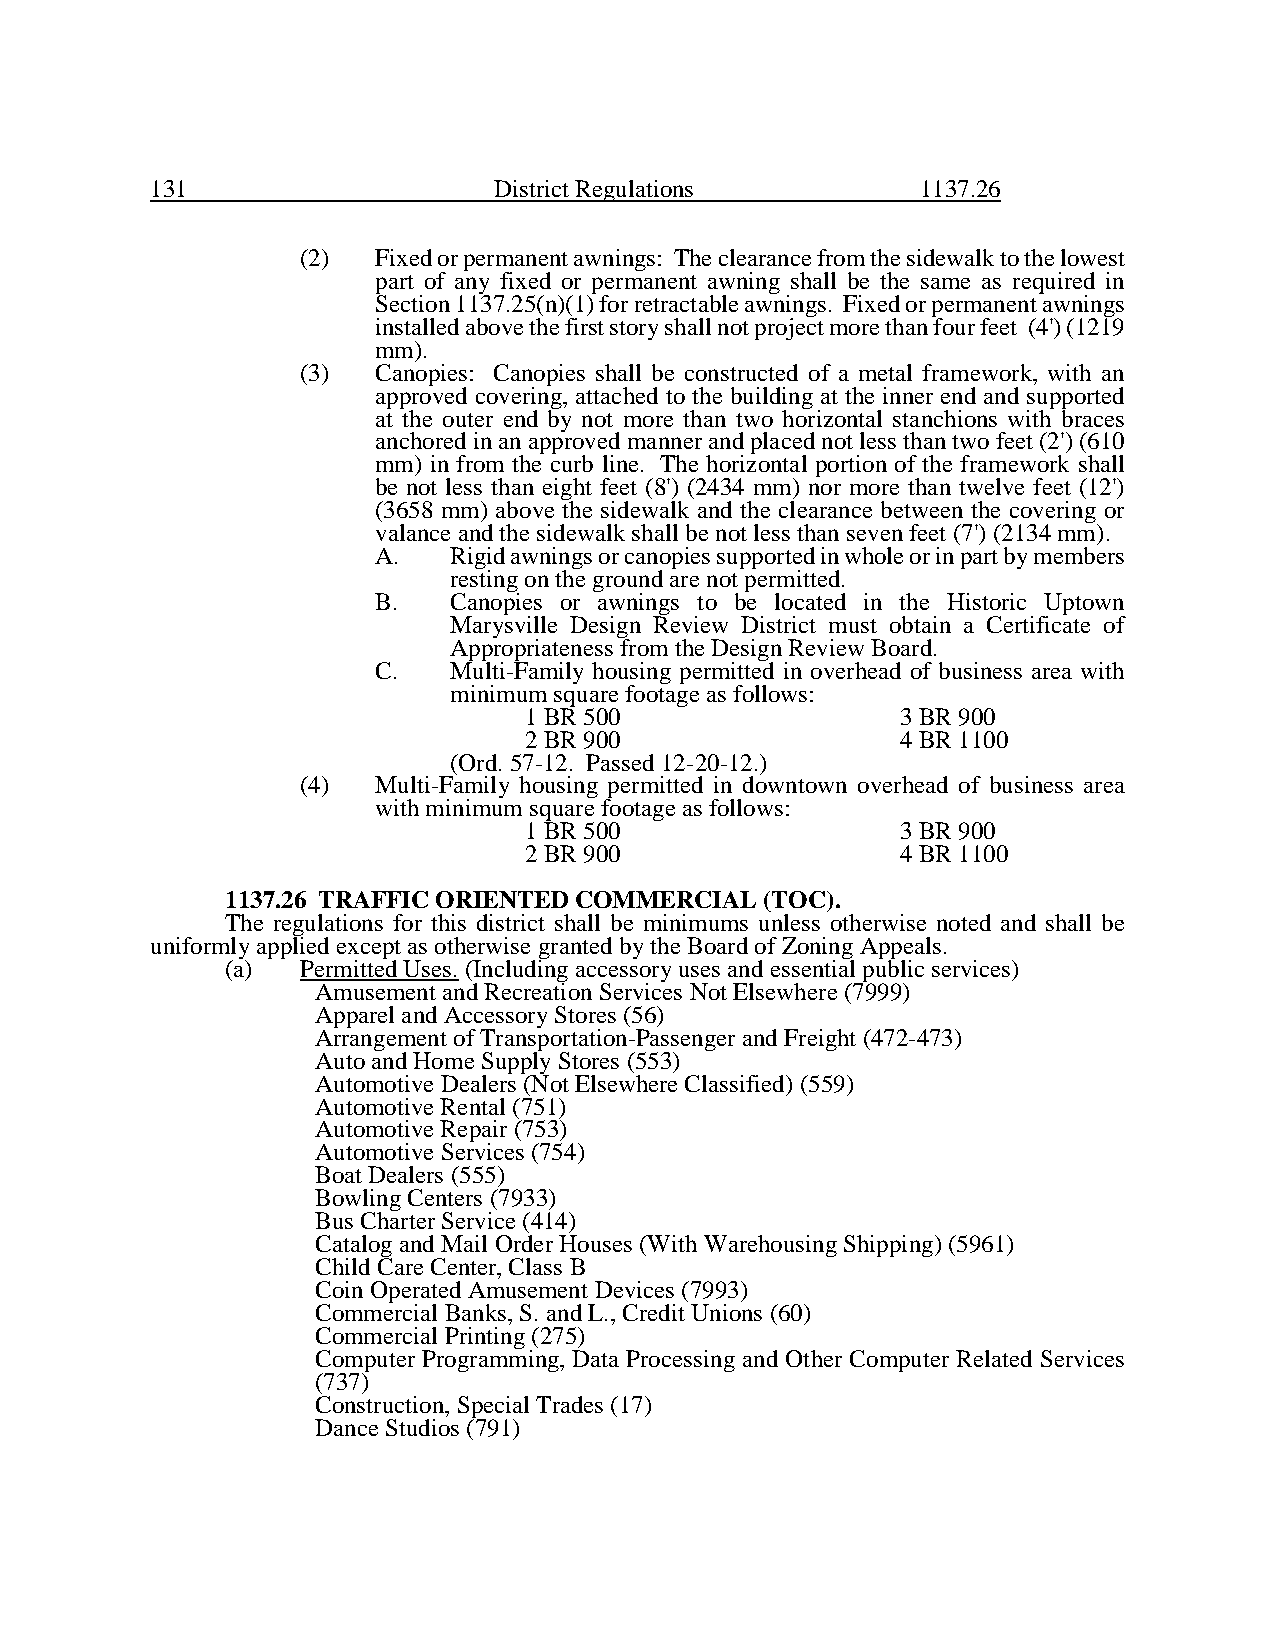
131                    District Regulations        1137.26
 (2)  Fixed or permanent awnings: The clearance from the sidewalk to the lowest
 part of any fixed or permanent awning shall be the same as required in
 Section 1137.25(n)(1) for retractable awnings. Fixed or permanent awnings
 installed above the first story shall not project more than four feet (4') (1219
 mm).
 (3)  Canopies: Canopies shall be constructed of a metal framework, with an
 approved covering, attached to the building at the inner end and supported
 at the outer end by not more than two horizontal stanchions with braces
 anchored in an approved manner and placed not less than two feet (2') (610
 mm) in from the curb line. The horizontal portion of the framework shall
 be not less than eight feet (8') (2434 mm) nor more than twelve feet (12')
 (3658 mm) above the sidewalk and the clearance between the covering or
 valance and the sidewalk shall be not less than seven feet (7') (2134 mm).
 A.   Rigid awnings or canopies supported in whole or in part by members
 resting on the ground are not permitted.
 B.   Canopies or awnings to be located in the Historic Uptown
 Marysville Design Review District must obtain a Certificate of
 Appropriateness from the Design Review Board.
 C.   Multi-Family housing permitted in overhead of business area with
 minimum square footage as follows:
 1 BR 500                 3 BR 900
 2 BR 900                 4 BR 1100
 (Ord. 57-12. Passed 12-20-12.)
 (4)  Multi-Family housing permitted in downtown overhead of business area
 with minimum square footage as follows:
 1 BR 500                 3 BR 900
 2 BR 900                 4 BR 1100
 1137.26 TRAFFIC ORIENTED COMMERCIAL (TOC).
 The regulations for this district shall be minimums unless otherwise noted and shall be
 uniformly applied except as otherwise granted by the Board of Zoning Appeals.
 (a)  Permitted Uses. (Including accessory uses and essential public services)
 Amusement and Recreation Services Not Elsewhere (7999)
 Apparel and Accessory Stores (56)
 Arrangement of Transportation-Passenger and Freight (472-473)
 Auto and Home Supply Stores (553)
 Automotive Dealers (Not Elsewhere Classified) (559)
 Automotive Rental (751)
 Automotive Repair (753)
 Automotive Services (754)
 Boat Dealers (555)
 Bowling Centers (7933)
 Bus Charter Service (414)
 Catalog and Mail Order Houses (With Warehousing Shipping) (5961)
 Child Care Center, Class B
 Coin Operated Amusement Devices (7993)
 Commercial Banks, S. and L., Credit Unions (60)
 Commercial Printing (275)
 Computer Programming, Data Processing and Other Computer Related Services
 (737)
 Construction, Special Trades (17)
 Dance Studios (791)